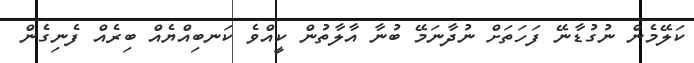
ކަލޭމެން ނުގުޑާނޭ ފަހަތަށް ނުދާނަމޭ ބުނާ އާލާތުން ކީއްވެ ކަނބިއްޔެއް ބިރެއް ފެނިގެން